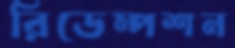
রিডেম্পশন